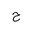
Letter: _ha